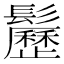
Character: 𩯺